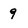
Character: q